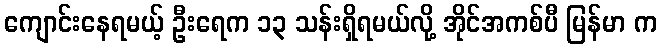
ကျောင်းနေရမယ့် ဦးရေက ၁၃ သန်းရှိရမယ်လို့ အိုင်အကစ်ပီ မြန်မာ က